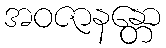
အဝဇာနန္တော